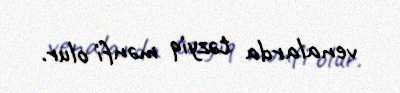
venalarda təzyiq mənfi olur.